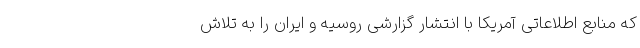
که منابع اطلاعاتی آمریکا با انتشار گزارشی روسیه و ایران را به تلاش